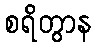
စရိတွာန